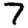
Digit: 7